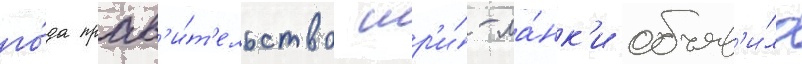
го́да прав'и́т'ельство шр'и́-ла́нк'и объяв'и́ло